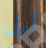
أولى